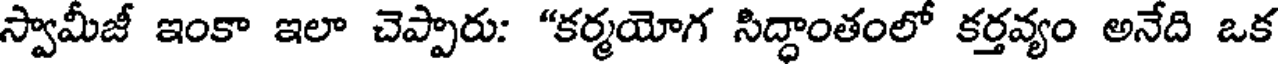
స్వామీజీ ఇంకా ఇలా చెప్పారు: "కర్మయోగ సిద్ధాంతంలో కర్తవ్యం అనేది ఒక